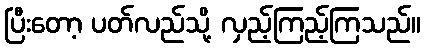
ပြီးတော့ ပတ်လည်သို့ လှည့်ကြည့်ကြသည်။